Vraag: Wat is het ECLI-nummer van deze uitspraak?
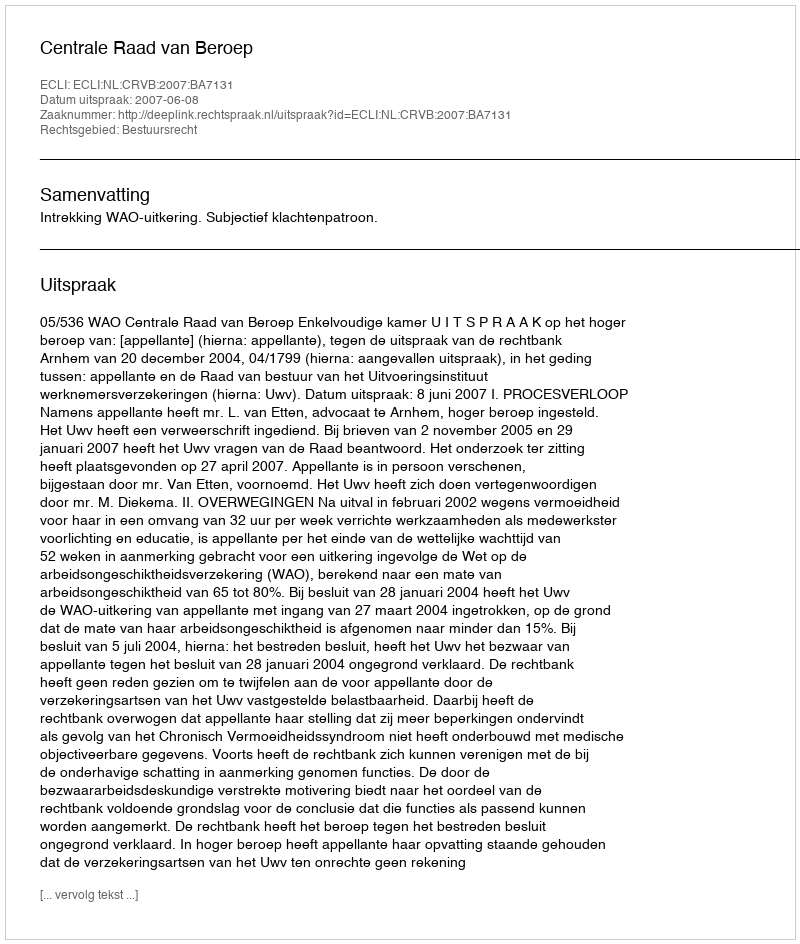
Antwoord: ECLI:NL:CRVB:2007:BA7131